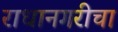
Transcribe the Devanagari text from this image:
राधानगरीचा